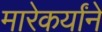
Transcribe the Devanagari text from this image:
मारेकर्यांने